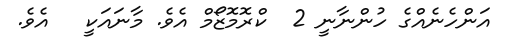
އަންހެނެއްގެ ހުންނާނީ 2  ކްރޮމޮޒޯމް އެވެ. މާނައަކީ   އެވެ.